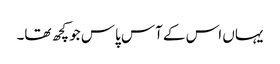
یہاں اس کے آس پاس جو کچھ تھا۔